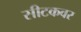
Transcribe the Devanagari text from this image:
सीटकवर